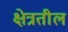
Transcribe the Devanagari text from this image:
क्षेत्रतील